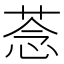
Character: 菍